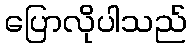
ပြောလိုပါသည်